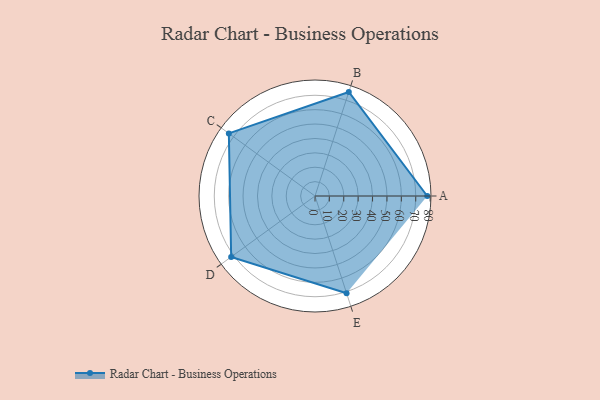
{"axis": {"x": "Skill", "y": "Score"}, "legend": ["Profile"], "data": [{"x": "A", "y": 78.0, "type": "Profile"}, {"x": "B", "y": 76.0, "type": "Profile"}, {"x": "C", "y": 74.0, "type": "Profile"}, {"x": "D", "y": 72.0, "type": "Profile"}, {"x": "E", "y": 71.0, "type": "Profile"}]}